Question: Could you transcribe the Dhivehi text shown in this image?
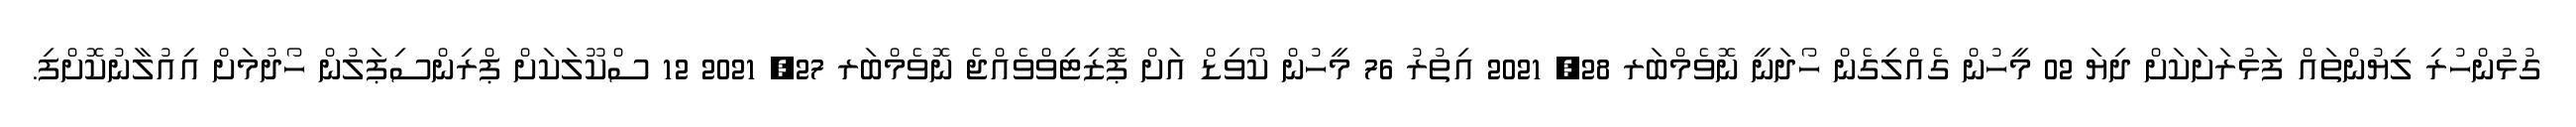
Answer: ގުޅުންހުރި ލިޔުންތައް ފަޅުރަށަކަށް ދިޔަ 02 މީހުން ގެއްލިގެން ހޯދަނީ ނޮވެމްބަރ 28, 2021 އިތުރު 76 މީހުން ކޯވިޑް އަށް ޕޮޒިޓިވްވެއްޖެ ނޮވެމްބަރ 27, 2021 12 ސްކޫލަކަށް ޕްރިންސިޕަލުން ހޯދުމަށް އިއުލާނުކޮށްފި.